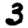
Digit: 3